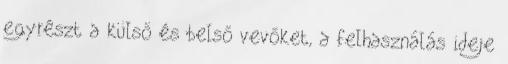
egyrészt a külső és belső vevőket, a felhasználás ideje